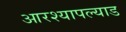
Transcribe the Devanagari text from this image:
आरश्यापल्याड